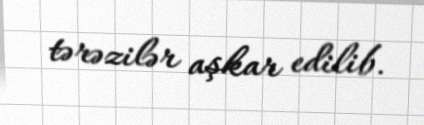
tərəzilər aşkar edilib.